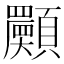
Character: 𩕾